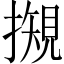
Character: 𢵅